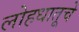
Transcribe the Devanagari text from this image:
लोहधातूचे